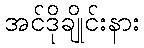
အင်ဒိုချိုင်းနား